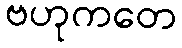
ဗဟုကတေ